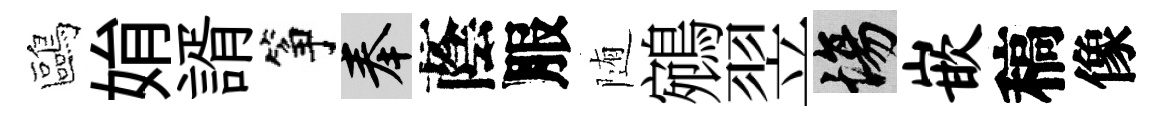
鷗姢諝筝奉蔭服随鵷翌場嵌稿像